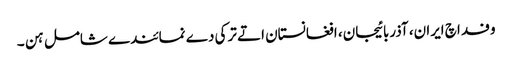
وفد اچ ایران، آذربائیجان، افغانستان اتے ترکی دے نمائندے شامل ہن ۔